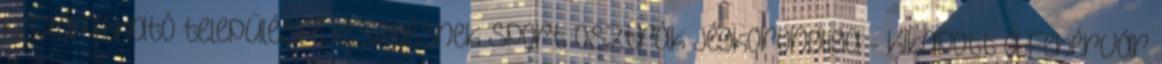
kiszámítható településfejlesztésnek Sport Osztrák jégkorongliga - Kikapott a Fehérvár